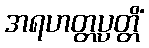
အရဟတ္တပ္ပတ္တိံ